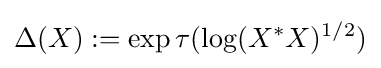
\Delta (X):=\exp \tau (\log(X^{*}X)^{1/2})